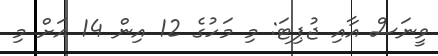
ވީނަސް އާއި ޖުޕިޓަ: މި މަހުގެ 12 އިން 14 އަށް މި